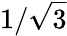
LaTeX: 1/\sqrt 3